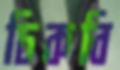
ঢিকবি